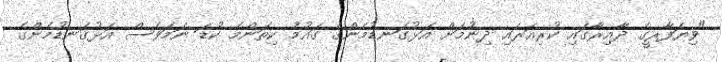
"ވިޔަފާރީގެ ދާއިރާގައި ކުރިއަރައި ދިނުމަށް އަޅުގަނޑުމެންގެ ގައުމު ކިތަންމެ ކުޑަ ނަމަވެސް އަޅުގަނޑުމެންގެ